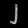
Digit: ၂